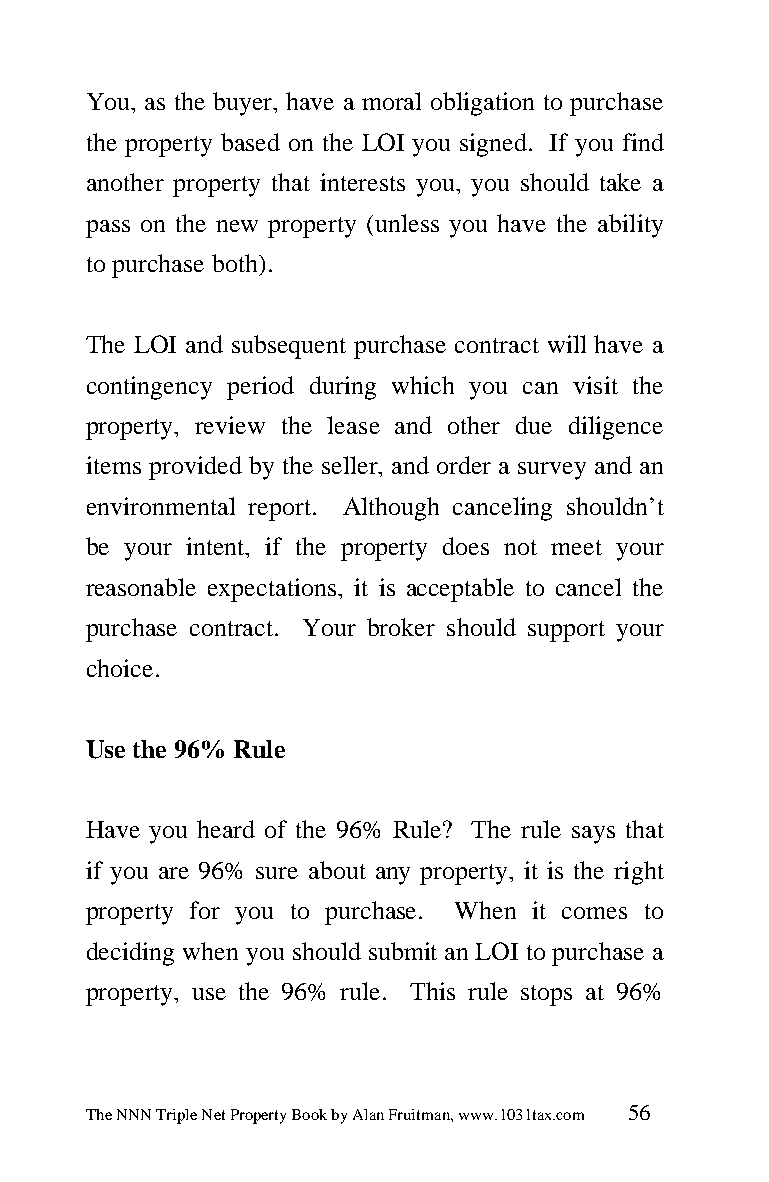
You, as the buyer, have a moral obligation to purchase
 the property based on the LOI you signed. If you find
 another property that interests you, you should take a
 pass on the new property (unless you have the ability
 to purchase both).
 The LOI and subsequent purchase contract will have a
 contingency period during which you can visit the
 property, review the lease and other due diligence
 items provided by the seller, and order a survey and an
 environmental report. Although canceling shouldn’t
 be your intent, if the property does not meet your
 reasonable expectations, it is acceptable to cancel the
 purchase contract. Your broker should support your
 choice.
 Use the 96% Rule
 Have you heard of the 96% Rule? The rule says that
 if you are 96% sure about any property, it is the right
 property for you to purchase. When it comes to
 deciding when you should submit an LOI to purchase a
 property, use the 96% rule. This rule stops at 96%
 The NNN Triple Net Property Book by Alan Fruitman, www.1031tax.com 56